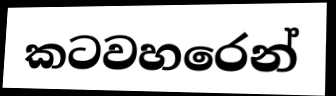
කටවහරෙන්